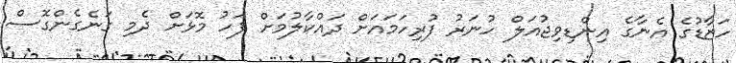
ހަޒާޑުގެ އެނާގެ އިންޑިވިޖުއަލް ހުނަރު ފުރިހަމައަށް ދައްކާލުމަށް ފަހު މޮޅަށް ދެމި ގަނެގެންގޮސް